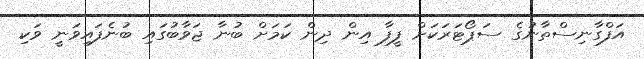
އަފްގާނިސްތާނުގެ ސަޕޯޓަރަކަށް ފީފާ އިން ދިން ކަމަށް ބުނާ ޖަވާބުގައި ބުނެފައިވަނީ ވަކި